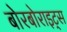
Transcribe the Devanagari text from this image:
बोरबोराइट्स